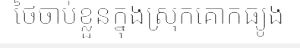
ថៃចាប់ខ្លួនក្នុងស្រុកគោកធ្យូង